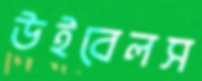
উইবেলস